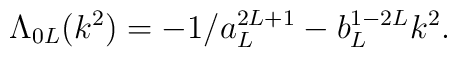
\Lambda_{0L}(k^2) =-1/a_L^{2L+1}- b_L^{1-2L} k^2.